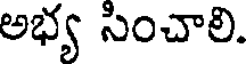
అభ్య సించాలి.